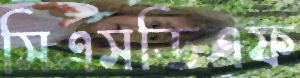
সিএসডিএফ